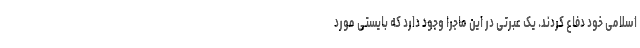
اسلامی خود دفاع کردند. یک عبرتی در این ماجرا وجود دارد که بایستی مورد